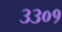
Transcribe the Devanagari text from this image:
३३०१